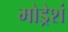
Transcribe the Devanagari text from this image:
मोड्रेशं